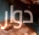
دوار